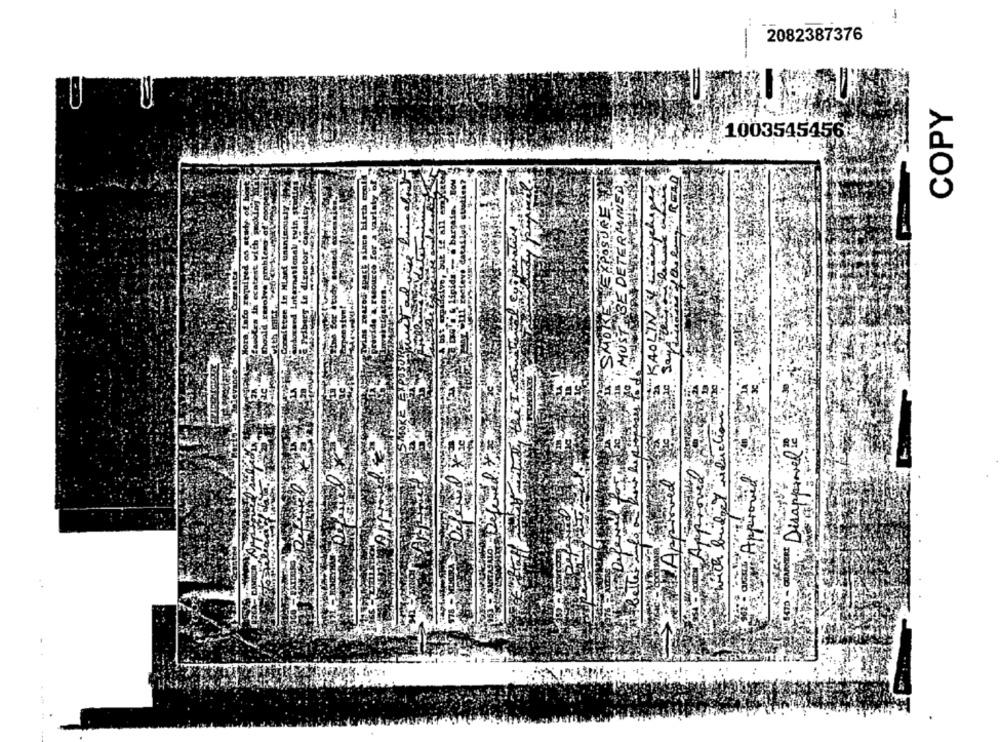
2082387376
COPY
1003545456
rlaty of
unintensely 5442
anal twin studios
BE DETERMINED
KAOLIN V WASKLASY
Capacity
SMOKE EXPOSURE
with smoking
od study of
"lem-of'
:MUSTE
Disapproved
an Approved
Loved
GUARNERI
A